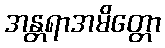
အန္တရာအမိတ္တော